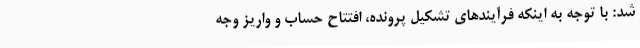
شد: با توجه به اینکه فرآیندهای تشکیل پرونده، افتتاح حساب و واریز وجه